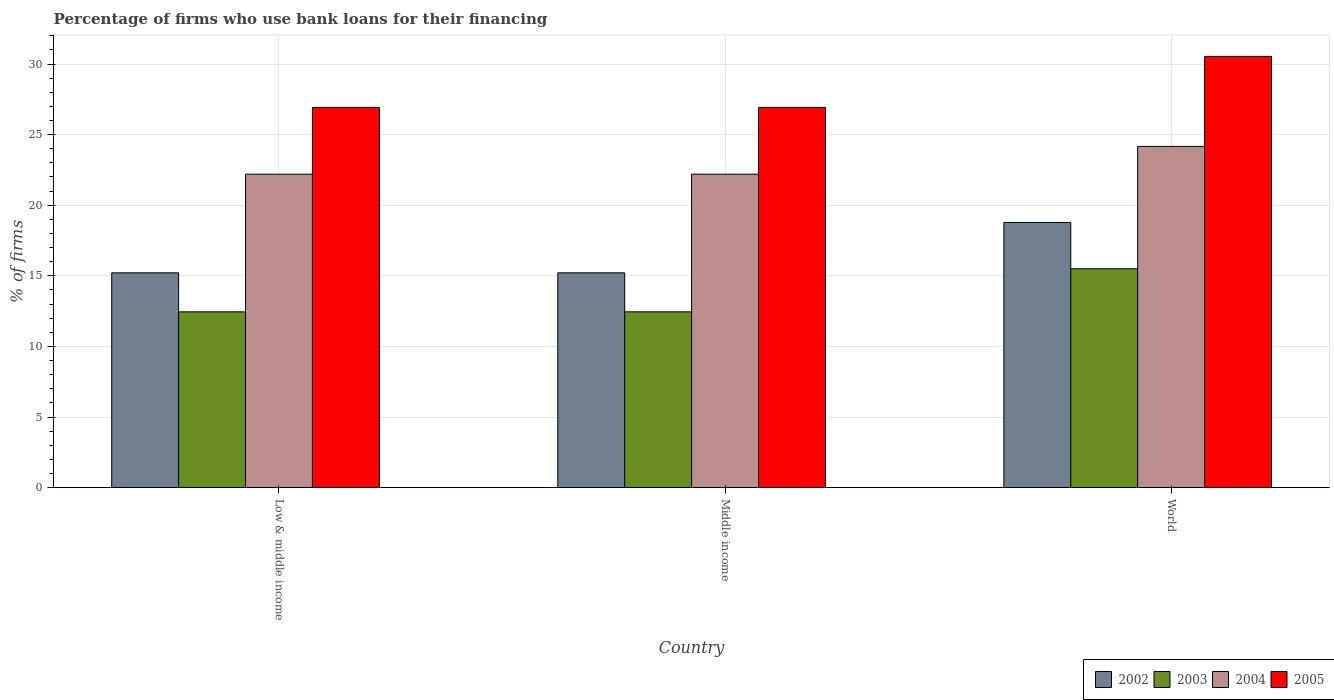
| Country | 2002 | 2003 | 2004 | 2005 |
 | --- | --- | --- | --- | --- |
 | Low & middle income | 15.2 | 12.4 | 22.2 | 26.9 |
 | Middle income | 15.2 | 12.4 | 22.2 | 26.9 |
 | World | 18.8 | 15.5 | 24.2 | 30.5 |